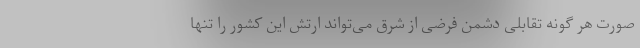
صورت هر گونه تقابلی دشمن فرضی از شرق می‌تواند ارتش این کشور را تنها